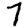
Digit: 7